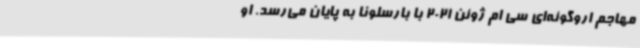
مهاجم اروگوئه‌ای سی ام ژوئن 2021 با بارسلونا به پایان می‌رسد. او